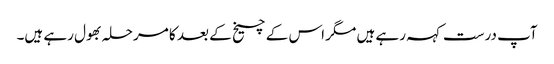
آپ درست کہہ رہے ہیں مگر اس کے چیخ کے بعد کا مرحلہ بھول رہے ہیں۔